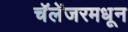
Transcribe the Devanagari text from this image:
चॅलेंजरमधून